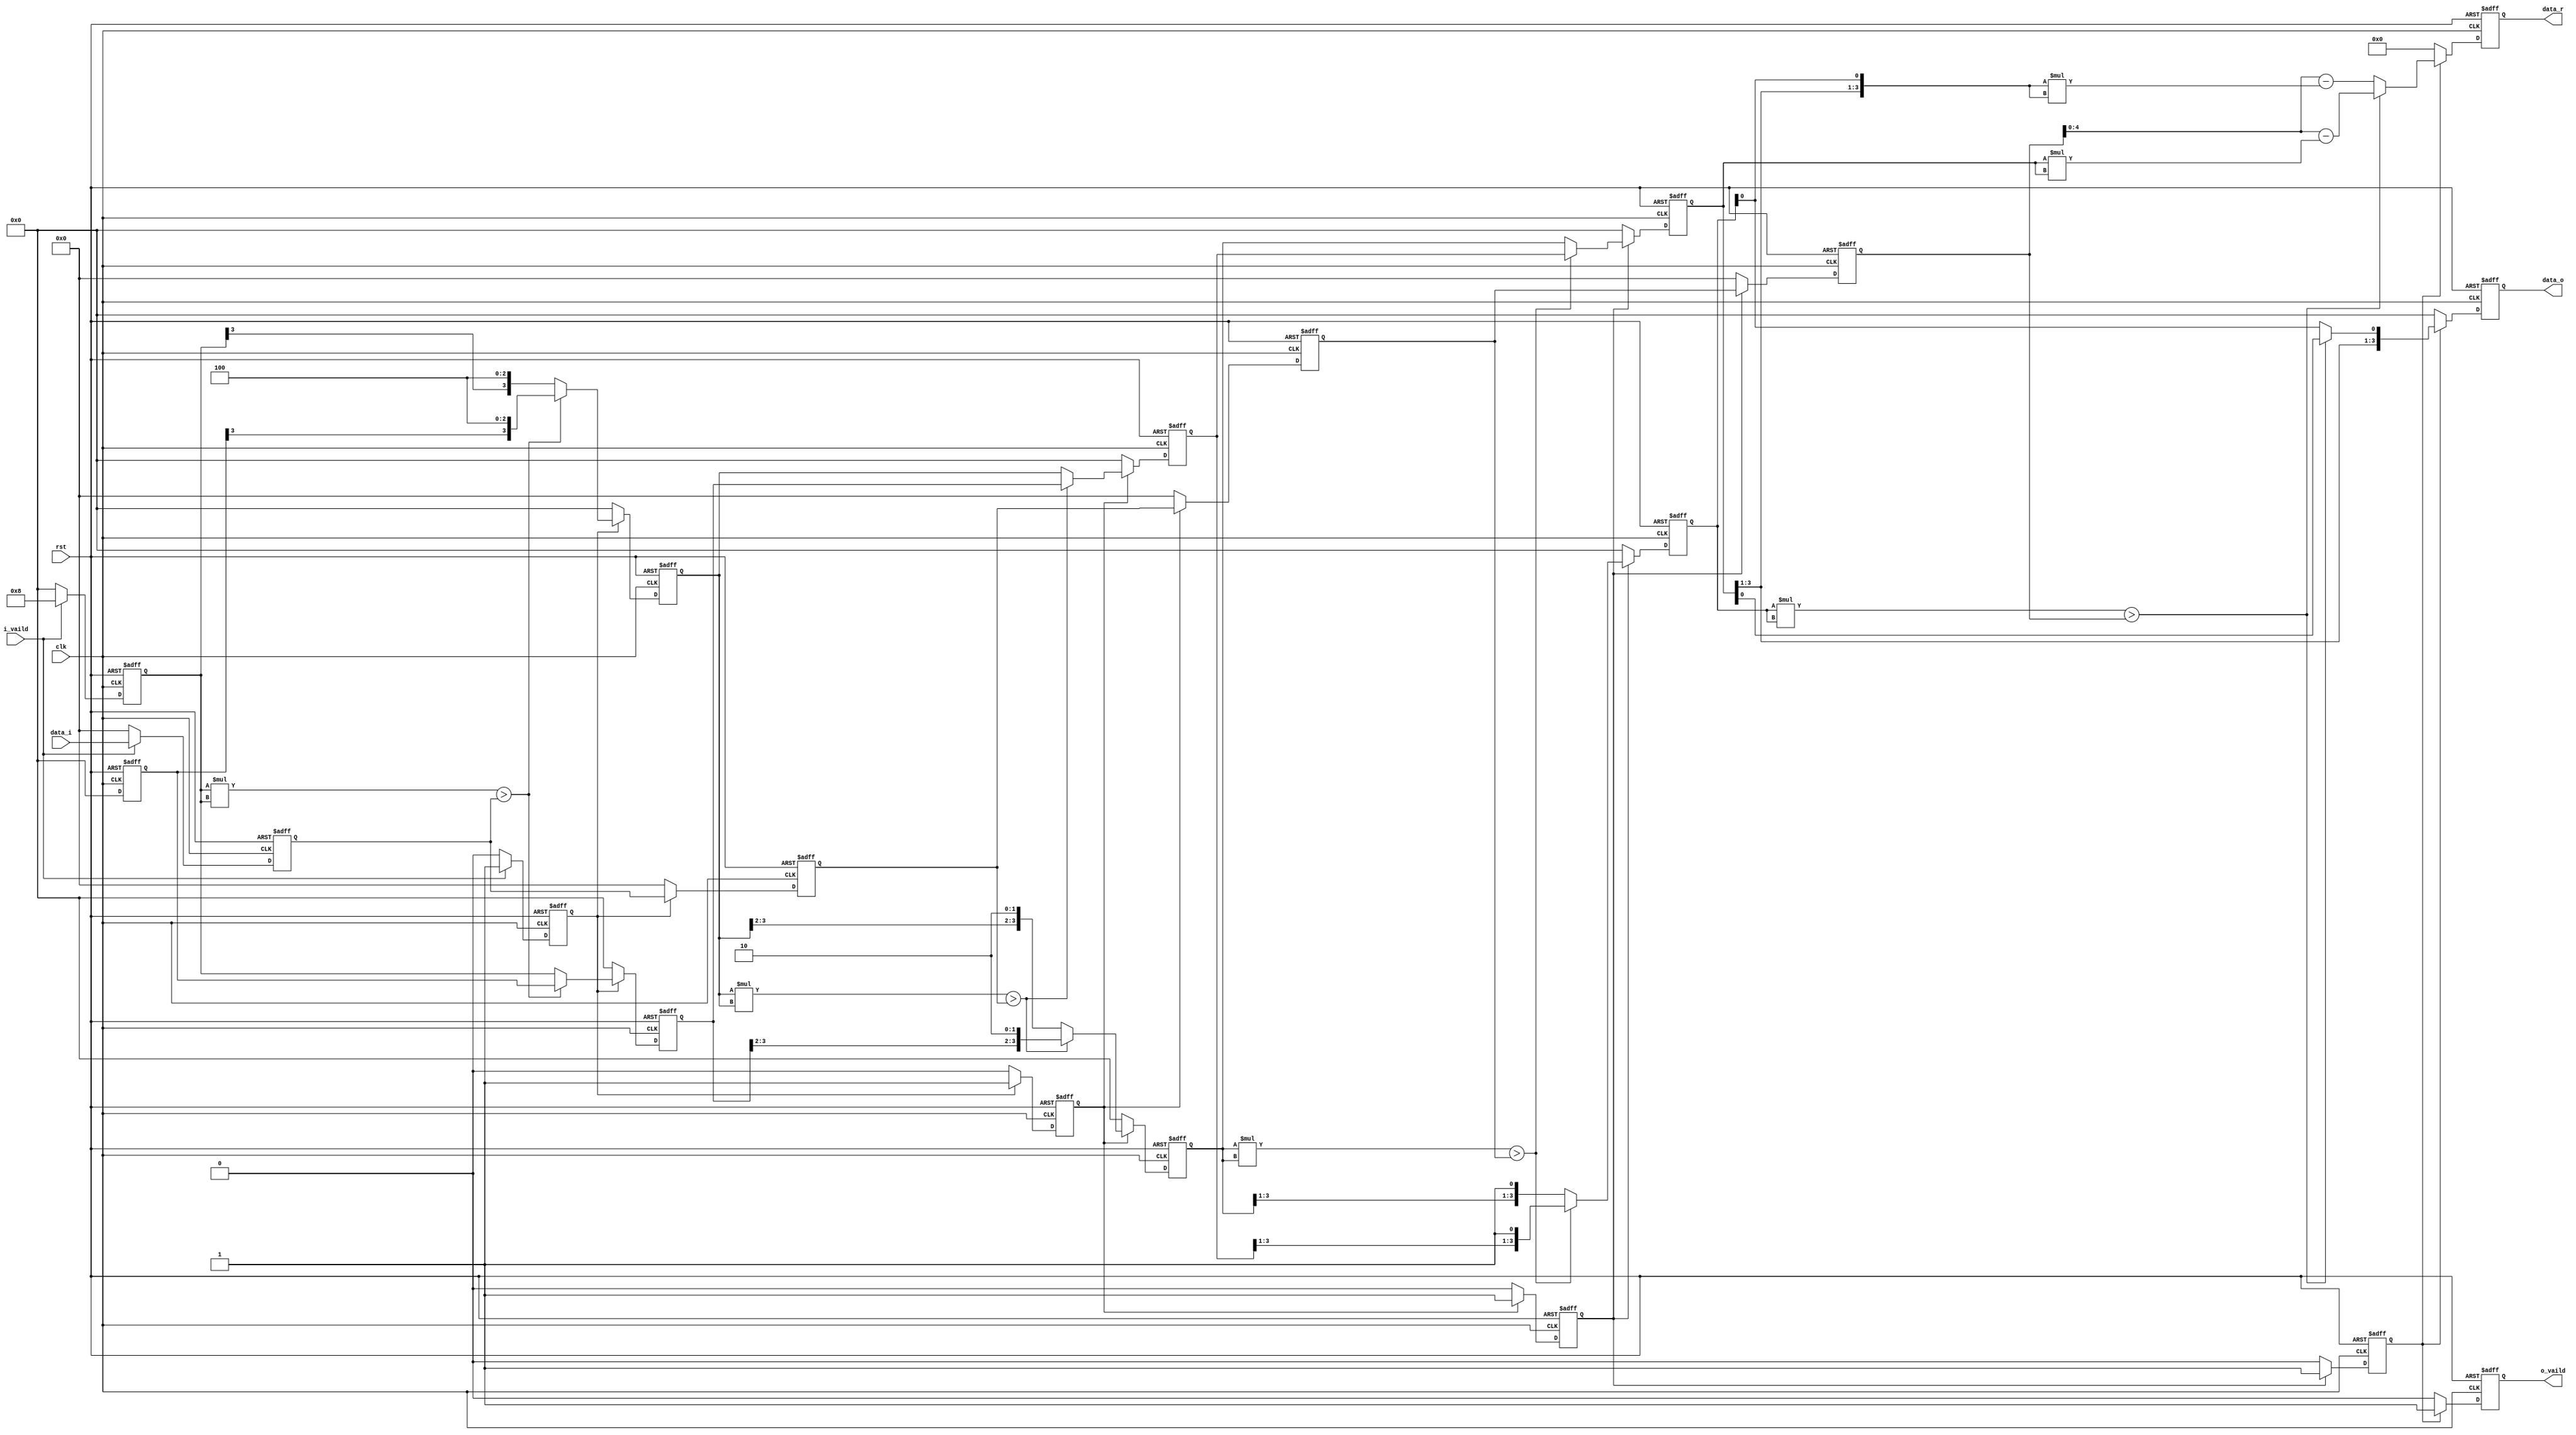
module sqrt_1
#( 	
parameter d_width = 8,
parameter q_width = d_width/2 - 1,
parameter r_width = q_width + 1	
)
(
input   wire              clk,
input   wire              rst,
input   wire              i_vaild,
input   wire [d_width:0]  data_i, //输入

output  reg               o_vaild,
output  reg  [q_width:0]  data_o, //输出
output  reg  [r_width:0]  data_r  //余数

);
//--------------------------------------------------------------------------------
reg [d_width:0] D	       [r_width:1]; //被开方数
reg [q_width:0] Q_z      [r_width:1]; //临时
reg [q_width:0] Q_q      [r_width:1]; //确认
reg             ivalid_t [r_width:1];
//--------------------------------------------------------------------------------

always@(posedge	clk or posedge rst)begin
  if(rst) begin
    D[r_width] <= 0;
    Q_z[r_width] <= 0;
    Q_q[r_width] <= 0;
    ivalid_t[r_width] <= 0;
  end
  else if(i_vaild) begin
    D[r_width] <= data_i;     //被开方数据
    Q_z[r_width] <= {1'b1,{q_width{1'b0}}}; //实验值设置
    Q_q[r_width] <= 0; //实际计算结果
    ivalid_t[r_width] <= 1;
  end
  else begin
    D[r_width] <= 0;
    Q_z[r_width] <= 0;
    Q_q[r_width] <= 0;
    ivalid_t[r_width] <= 0;
  end
end
//-------------------------------------------------------------------------------
//		迭代计算过程
//-------------------------------------------------------------------------------
generate
genvar i;
  for(i=r_width-1;i>=1;i=i-1) begin:U
    always@(posedge clk or posedge	rst) begin
      if(rst) begin
        D[i] <= 0;
        Q_z[i] <= 0;
        Q_q[i] <= 0;
        ivalid_t[i] <= 0;
      end
      else if(ivalid_t[i+1]) begin
        if(Q_z[i+1]*Q_z[i+1] > D[i+1]) begin
          Q_z[i] <= {Q_q[i+1][q_width:i],1'b1,{{i-1}{1'b0}}};
          Q_q[i] <= Q_q[i+1];
        end
        else begin
          Q_z[i] <= {Q_z[i+1][q_width:i],1'b1,{{i-1}{1'b0}}};
          Q_q[i] <= Q_z[i+1];
        end
        D[i] <= D[i+1];
        ivalid_t[i] <= 1;
      end
      else begin
        ivalid_t[i] <= 0;
        D[i] <= 0;
        Q_q[i] <= 0;
        Q_z[i] <= 0;
      end
    end
  end
endgenerate
//--------------------------------------------------------------------------------
//	计算余数与最终平方根
//--------------------------------------------------------------------------------
always@(posedge	clk or posedge	rst) begin
  if(rst) begin
    data_o <= 0;
    data_r <= 0;
    o_vaild <= 0;
  end
  else if(ivalid_t[1]) begin
    if(Q_z[1]*Q_z[1] > D[1]) begin
      data_o <= Q_q[1];
      data_r <= D[1] - Q_q[1]*Q_q[1];
      o_vaild <= 1;
    end
    else begin
      data_o <= {Q_q[1][q_width:1],Q_z[1][0]};
      data_r <= D[1] - {Q_q[1][q_width:1],Q_z[1][0]}*{Q_q[1][q_width:1],Q_z[1][0]};
      o_vaild <= 1;
    end
  end
  else begin
    data_o <= 0;
    data_r <= 0;
    o_vaild <= 0;
  end
end
endmodule